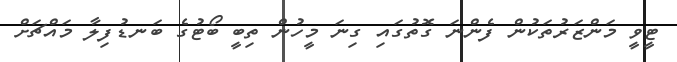
ޓީވީ މަންޒަރުތަކުން ފެންނަ ގޮތުގައި ގިނަ މީހުން ތިބީ ބޯޓުގެ ބަނޑުފިލާ މައްޗަށް